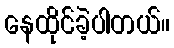
နေထိုင်ခဲ့ပါတယ်။